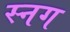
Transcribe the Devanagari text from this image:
स्नग